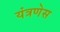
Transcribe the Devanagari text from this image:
यंत्रणेस